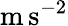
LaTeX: \mathrm{m}\, \mathrm{s}^{-2}